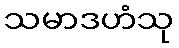
သမာဒဟံသု